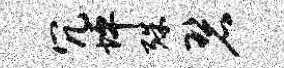
冗坪殊碧